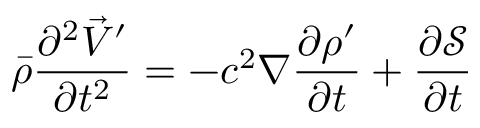
\bar { \rho } \frac { \partial ^ { 2 } \vec { V } ^ { \prime } } { \partial t ^ { 2 } } = - c ^ { 2 } \nabla \frac { \partial \rho ^ { \prime } } { \partial t } + \frac { \partial \mathcal { S } } { \partial t }